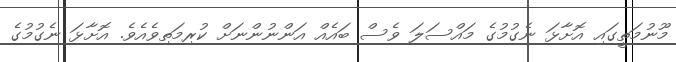
މޫނުމަތީގައި އޮށާޅަ ނެގުމުގެ މައްސަލަ ވެސް ބައެއް އަންނުންނަށް ކުރިމަތިވެއެވެ. އޮށާޅަ ނެގުމުގެ